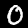
Label: 0